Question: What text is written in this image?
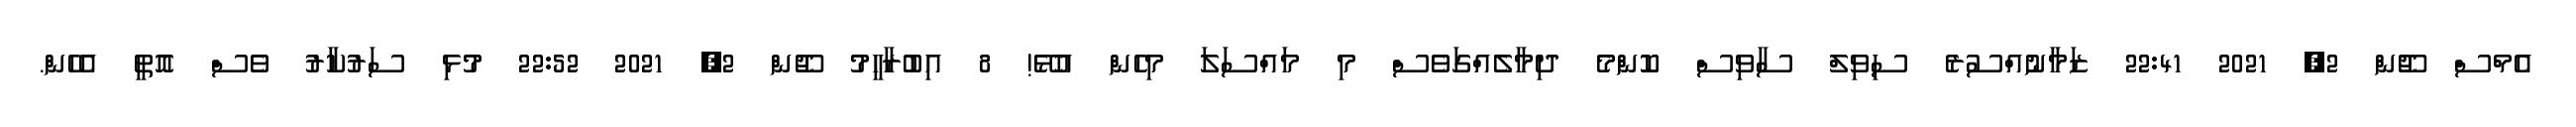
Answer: އެމްސް ޖޫން 2, 2021 22:41 ޒަމާނުއްސުރެ ސިވިލް ސާވިސް ކޮންމެ ދިމާލެއްގަވެސް މި މައްސަލަ މިހެން އުޅޭ! 8 އިބުރާހީމު ޖޫން 2, 2021 22:52 މުޅި ސަރުކާރު ވެސް އޮތީ އެހެން.